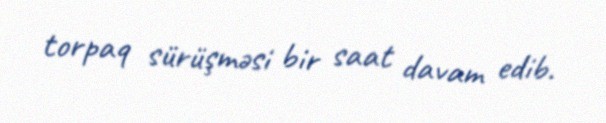
torpaq sürüşməsi bir saat davam edib.